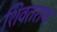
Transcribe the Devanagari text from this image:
शिवतराय